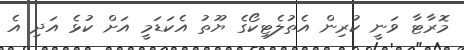
މޮރާޓާ ވަނީ ކުރިން އެތުލެޓިކޯގެ ޔޫތު އެކަޑަމީ އަށް ކުޅެ އަދި އެ